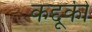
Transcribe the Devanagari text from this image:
कद्दूकी